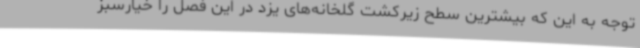
توجه به این که بیشترین سطح زیرکشت گلخانه‌های یزد در این فصل را خیارسبز